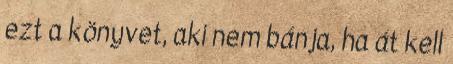
ezt a könyvet, aki nem bánja, ha át kell